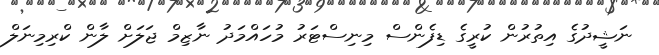
ނަޝީދުގެ އިތުރުން ކުރީގެ ޑިފެންސް މިނިސްޓަރު މުހައްމަދު ނާޒިމް ޖަލަށް ލާން ކްރިމިނަލް